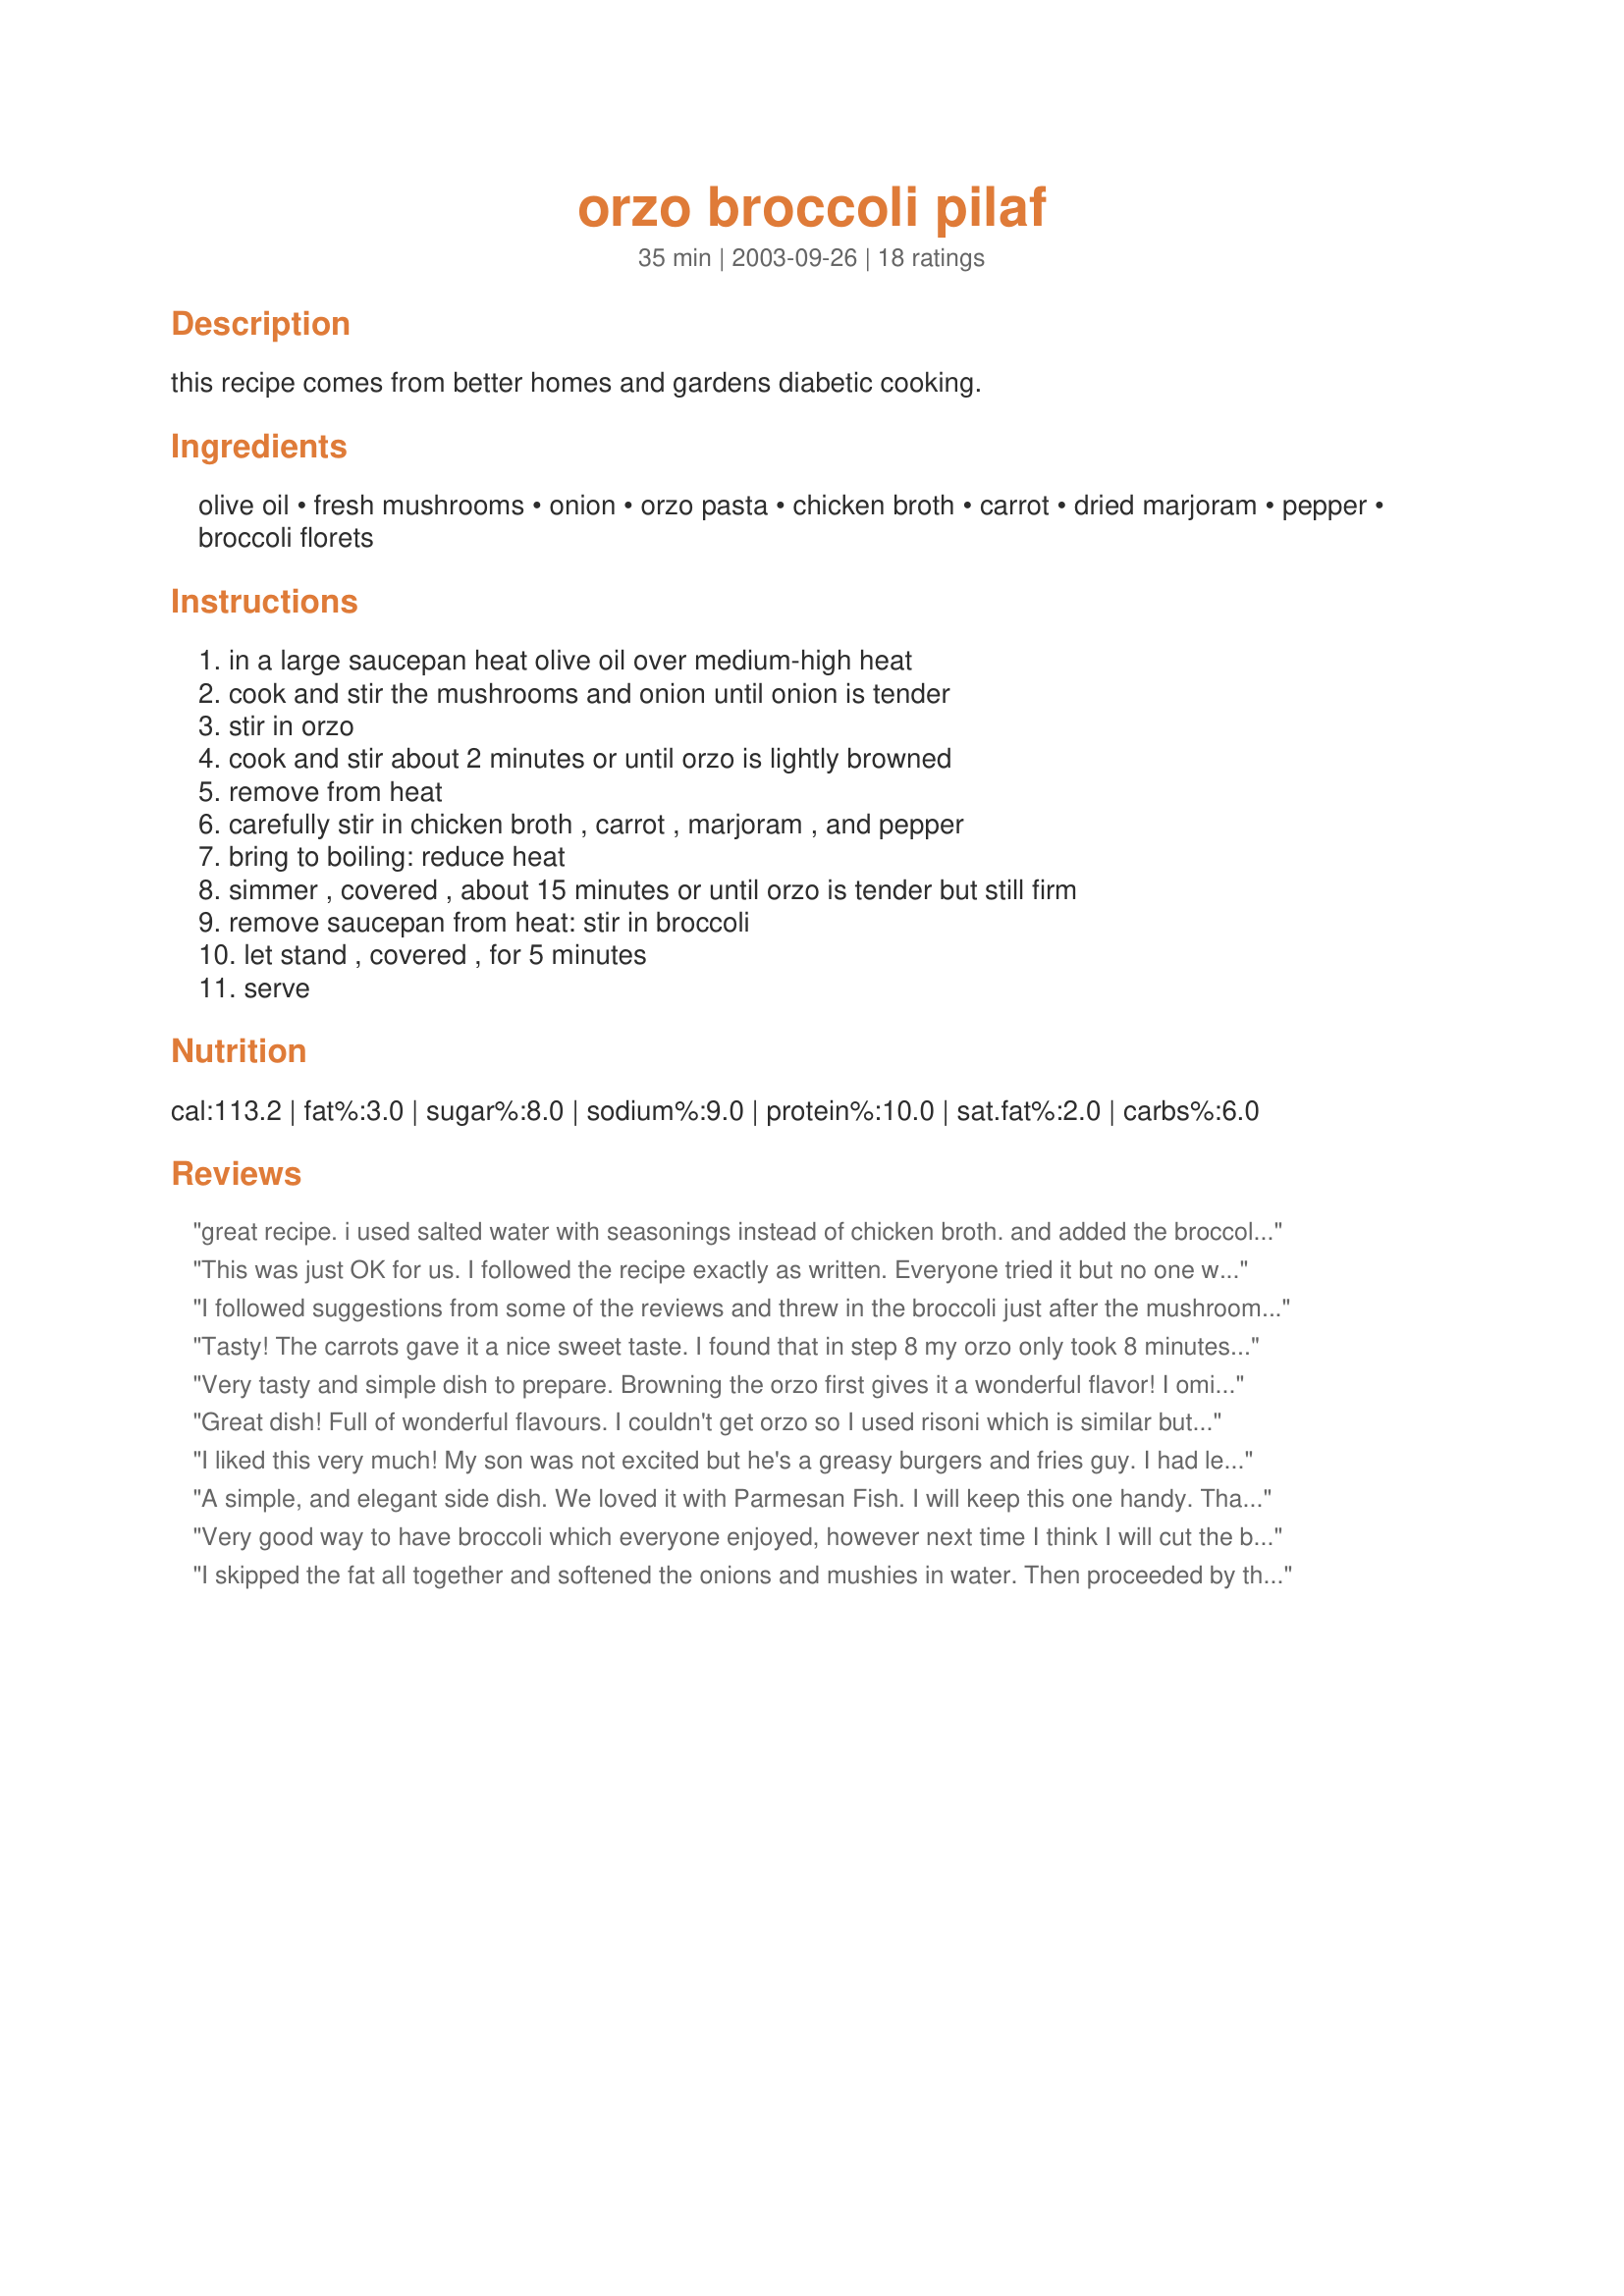
orzo broccoli pilaf
Preparation time: 35 minutes

this recipe comes from better homes and gardens diabetic cooking.

Ingredients:
olive oil, fresh mushrooms, onion, orzo pasta, chicken broth, carrot, dried marjoram, pepper, broccoli florets

Steps:
in a large saucepan heat olive oil over medium-high heat, cook and stir the mushrooms and onion until onion is tender, stir in orzo, cook and stir about 2 minutes or until orzo is lightly browned, remove from heat, carefully stir in chicken broth , carrot , marjoram , and pepper, bring to boiling: reduce heat, simmer , covered , about 15 minutes or until orzo is tender but still firm, remove saucepan from heat: stir in broccoli, let stand , covered , for 5 minutes, serve

Reviews:
great recipe. i used salted water with seasonings instead of chicken broth. and added the broccoli about halfway through. &lt;br/&gt;it was delicious.&lt;br/&gt;thanks for posting this!
This was just OK for us. I followed the recipe exactly as written. Everyone tried it but no one was thrilled with it.
I followed suggestions from some of the reviews and threw in the broccoli just after the mushrooms and onions. I also added a couple of diced chicken breasts. I made a double recipe and I will be using the leftovers as stuffing for stuffed green and red peppers later this week.
Tasty! The carrots gave it a nice sweet taste. I found that in step 8 my orzo only took 8 minutes to reach "tender but firm". The broccoli was done after around 5 minutes I believe. I might try a little fresh garlic in this next time. This was extremely easy and quick to make. Thank you for sharing this with us! I am embarassed of my photo when I see Annacia's but :-) I did submit it.
Very tasty and simple dish to prepare. Browning the orzo first gives it a wonderful flavor! I omitted the carrots, and cut the brocolli florets into small pieces since I thought it would be easier to scoop up with the orzo. I zapped them in the microwave for a few minutes to soften them before adding them to the rest of the dish. I also left out the marjoram, and added a bit of Paul Prudhomme's "Vegetable Magic" to give it a zesty zing. I served it with seared tuna. Perfect!
Great dish! Full of wonderful flavours. I couldn't get orzo so I used risoni which is similar but a bit smaller I think. I left out the onions as we don't like them. A wonderful side dish and easy to make.
I liked this very much! My son was not excited but he's a greasy burgers and fries guy. I had leftovers and added a little Parmesan that topped it off nicely when I reheated it for lunch. Thanks for the nice recipe.
A simple, and elegant side dish.
We loved it with Parmesan Fish.
I will keep this one handy.

Thanks for posting!
Very good way to have broccoli which everyone enjoyed, however next time I think I will cut the broccoli smaller or else pre-cook it. Thanks for sharing!
I skipped the fat all together and softened the onions and mushies in water. Then proceeded by the directions. This is (to me) an ideal side. It's quick, simple, yummy and healthy. It's also the only side needed and it has pasta and veggies in one dish. OH, one other variance, I put the broccoli in when the pasta wasn't yet dry and let it cook that way. Lovely flavor and I liked the side better than the chicken breast I served it with. It's a winner.
We love orzo and found this to be a great way to change it up a bit. We needed to add some salt to the recipe because we found it a bit bland. Some red pepper flakes might nice for a little zip.
Great dish and easy to make. 
I chopped up the brocolli into nickel size pieces - they were just the right tenderness after they sat for about 5 minutes. I will make this again.
Wonderfully simplistic meal! We made it as described but also added some precooked chicken to make it a one dish complete meal. Very yummy and leftovers were great for lunch the next day. I will definitely make this again. Thank you!
This is my favorite way to cook orzo so far. My dh was shocked at how my young nieces and nephew gobbled this up, veggies and all. It was easy and delicious. I too added the broccoli earlier than listed. This is definitely a keeper. Thanks for posting this tasty recipe!!
This was divine as well as fast, though I did tweak it a bit. I didn't have alot of orzo, so I added rice to it; I browned everything together and then cooked it in chicken broth. I also added a bit of dried sage. I'll be making this again!
This is great. I have a meat and potatoes hubby, who only eat vegetables and new things by force. After being force to try this, he really likes it and is now an added staple to our home! Thanks for adding a healthy side dish to my list!
The marjoram overpowered the other ingredients.
This was easy to put together. It lacked a bit in my opinion. The broccoli didn't seem to "go". If you are used to having a plain steamed vegetable with your meal, this is an easy way to cook it without another pot. Since I always sauce/dress/"do" my veggies, this was not a bonus for me. The amount of oil used was too little. The dish could have benefited from some added salt.
